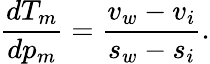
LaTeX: \frac{dT_{m}}{dp_{m}}=\frac{v_{w}-v_{i}}{s_{w}-s_{i}}.